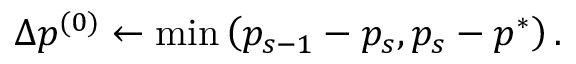
\Delta p ^ { ( 0 ) } \gets \operatorname* { m i n } \left( p _ { s - 1 } - p _ { s } , p _ { s } - p ^ { * } \right) .